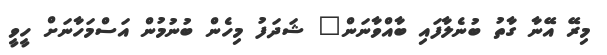
މިރޭ އޭނާ ގާތު ބުނެލާފައި ބާއްވާނަން" ޝަދަފު މިހެން ބުނުމުން އަސްމަހާނަށް ހީވީ